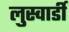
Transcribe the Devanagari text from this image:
लुस्वार्डी